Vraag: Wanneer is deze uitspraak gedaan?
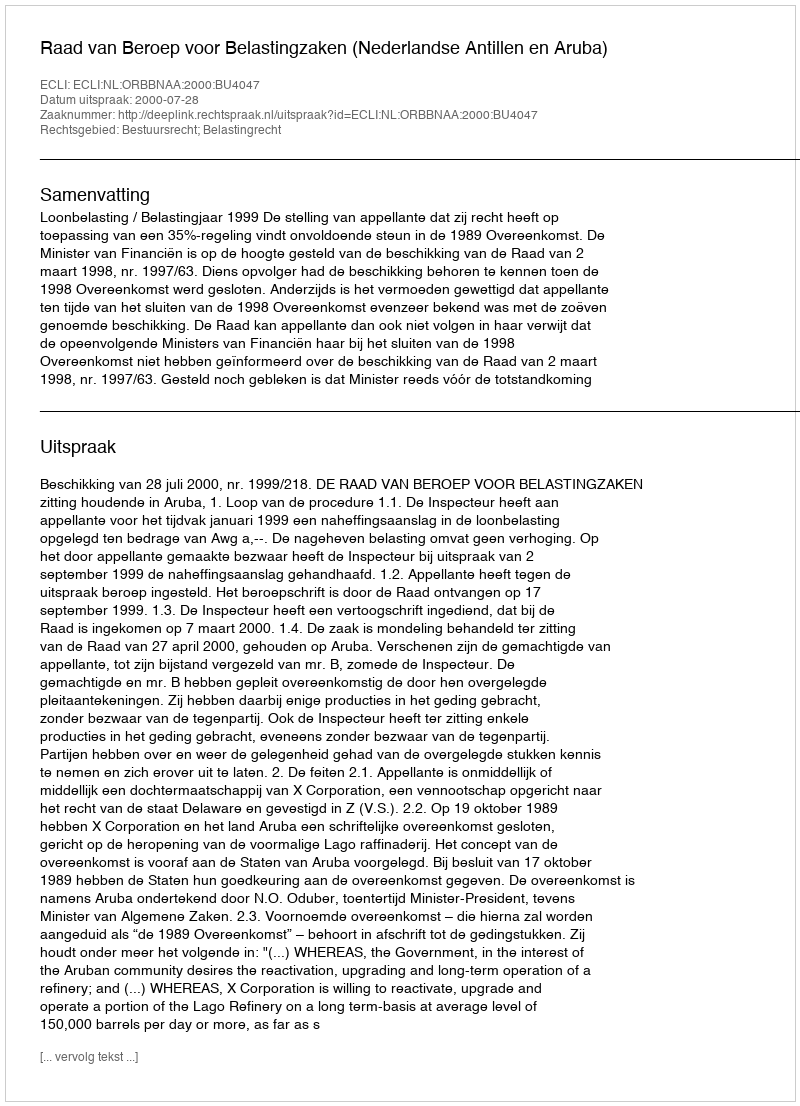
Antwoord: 2000-07-28